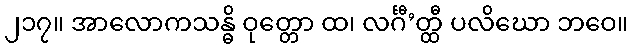
၂၁၇။ အာလောကသန္ဓိ ဝုတ္တော ထ၊ လင်္ဂီ’တ္ထီ ပလိဃော ဘဝေ။